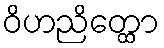
ဝိဟညိတ္ထော